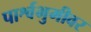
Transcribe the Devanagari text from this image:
पार्श्वभुमीवर